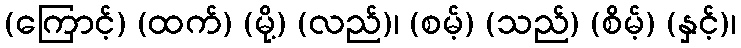
(ကြောင့်) (ထက်) (မို့) (လည်)၊ (စမ့်) (သည်) (စိမ့်) (နှင့်)၊